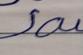
Signature authenticity: forged